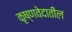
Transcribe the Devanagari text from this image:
कृष्णवेदातील